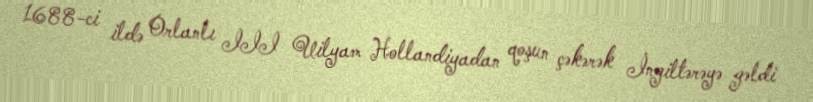
1688-ci ildə Orlanlı III Uilyam Hollandiyadan qoşun çəkərək İngiltərəyə gəldi